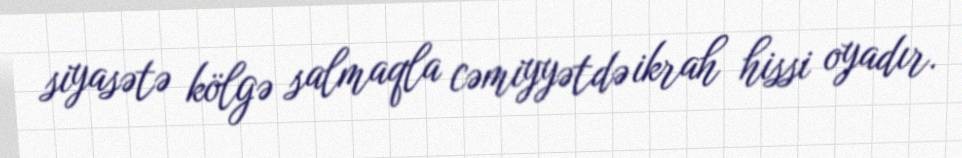
siyasətə kölgə salmaqla cəmiyyətdə ikrah hissi oyadır.